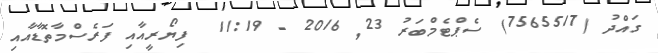
ގައްދު (7565517) ސެޕްޓެމްބަރު 23